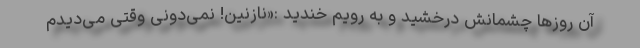
آن روزها چشمانش درخشید و به رویم خندید :«نازنین! نمی‌دونی وقتی می‌دیدم